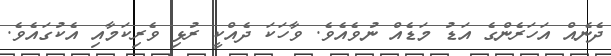
ދެނެއް އަހަރެންގެ އަޑު މަޑެއް ނުވެއެވެ. ވާހަކަ ދެއްކީ ރުޅި ވެރިކަމާއި އެކުގައެވެ.